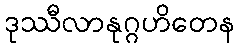
ဒုဿီလာနုဂ္ဂဟိတေန